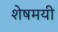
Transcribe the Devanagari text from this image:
शेषमयी